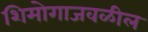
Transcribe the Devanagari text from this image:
शिमोगाजवळील